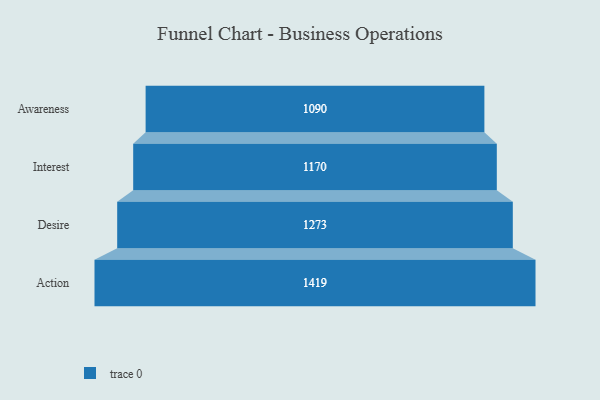
{"axis": {"x": "Stage", "y": "Value"}, "legend": [""], "data": [{"x": "Awareness", "y": 1090.0, "type": ""}, {"x": "Interest", "y": 1170.0, "type": ""}, {"x": "Desire", "y": 1273.0, "type": ""}, {"x": "Action", "y": 1419.0, "type": ""}]}